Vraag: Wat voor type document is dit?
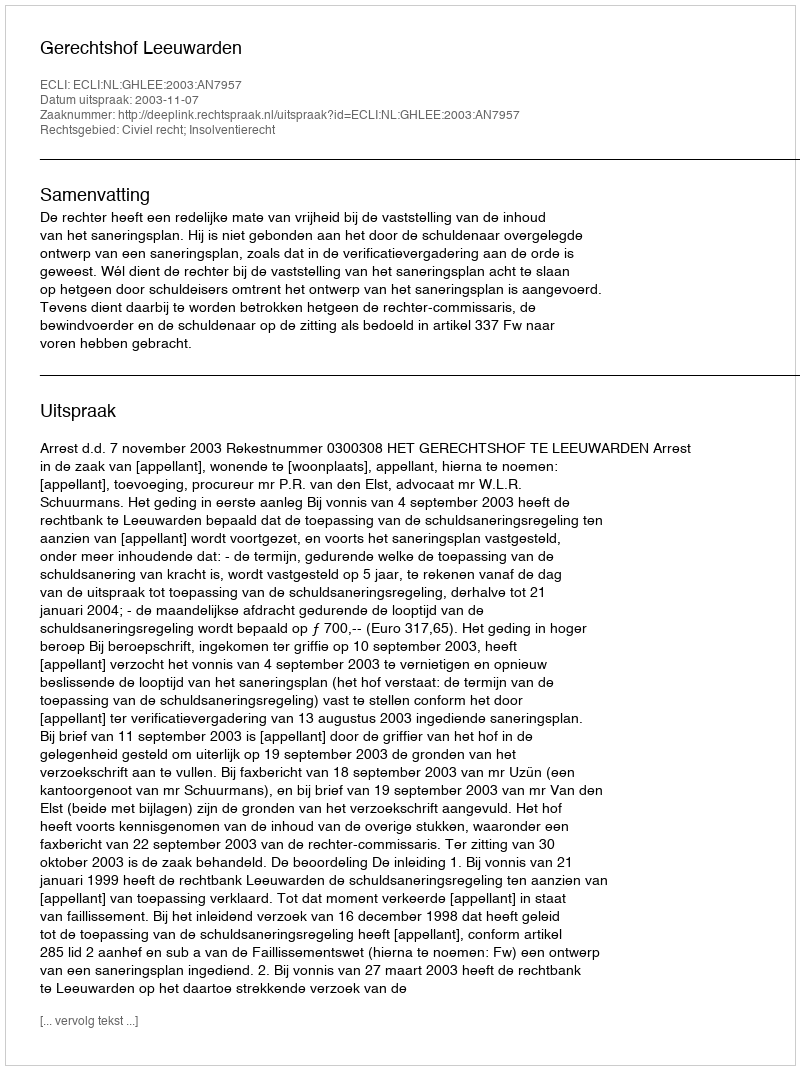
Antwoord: Uitspraak